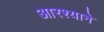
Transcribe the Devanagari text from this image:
आरश्याने